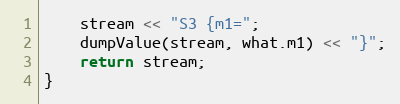
Language: C++
    stream << "S3 {m1=";
    dumpValue(stream, what.m1) << "}";
    return stream;
}